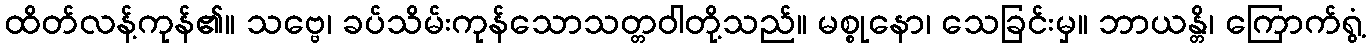
ထိတ်လန့်ကုန်၏။ သဗ္ဗေ၊ ခပ်သိမ်းကုန်သောသတ္တဝါတို့သည်။ မစ္စုနော၊ သေခြင်းမှ။ ဘာယန္တိ၊ ကြောက်ရွံ့